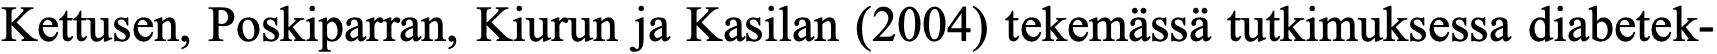
Kettusen, Poskiparran, Kiurun ja Kasilan (2004) tekemässä tutkimuksessa diabetek-